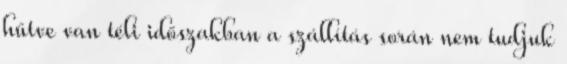
hűtve van téli időszakban a szállítás során nem tudjuk